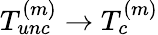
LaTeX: T_{unc}^{(m)}\rightarrow T_{c}^{(m)}